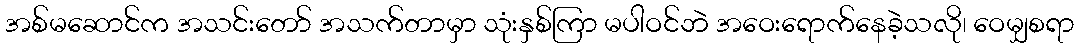
အစ်မဆောင်က အသင်းတော် အသက်တာမှာ သုံးနှစ်ကြာ မပါဝင်ဘဲ အဝေးရောက်နေခဲ့သလို၊ ဝေမျှစရာ